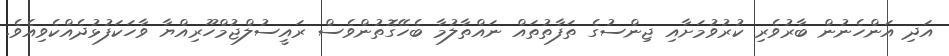
އަދި އަންހެނުން ބާރުވެރި ކުރުވުމަށާއި ޖިންސުގެ ތަފާތުތައް ނައްތާލުމާ ބެހޭގޮތުންވެސް ރައީސުލްޖުމްހޫރިއްޔާ ވާހަކަފުޅުދެއްކެވިއެވެ.